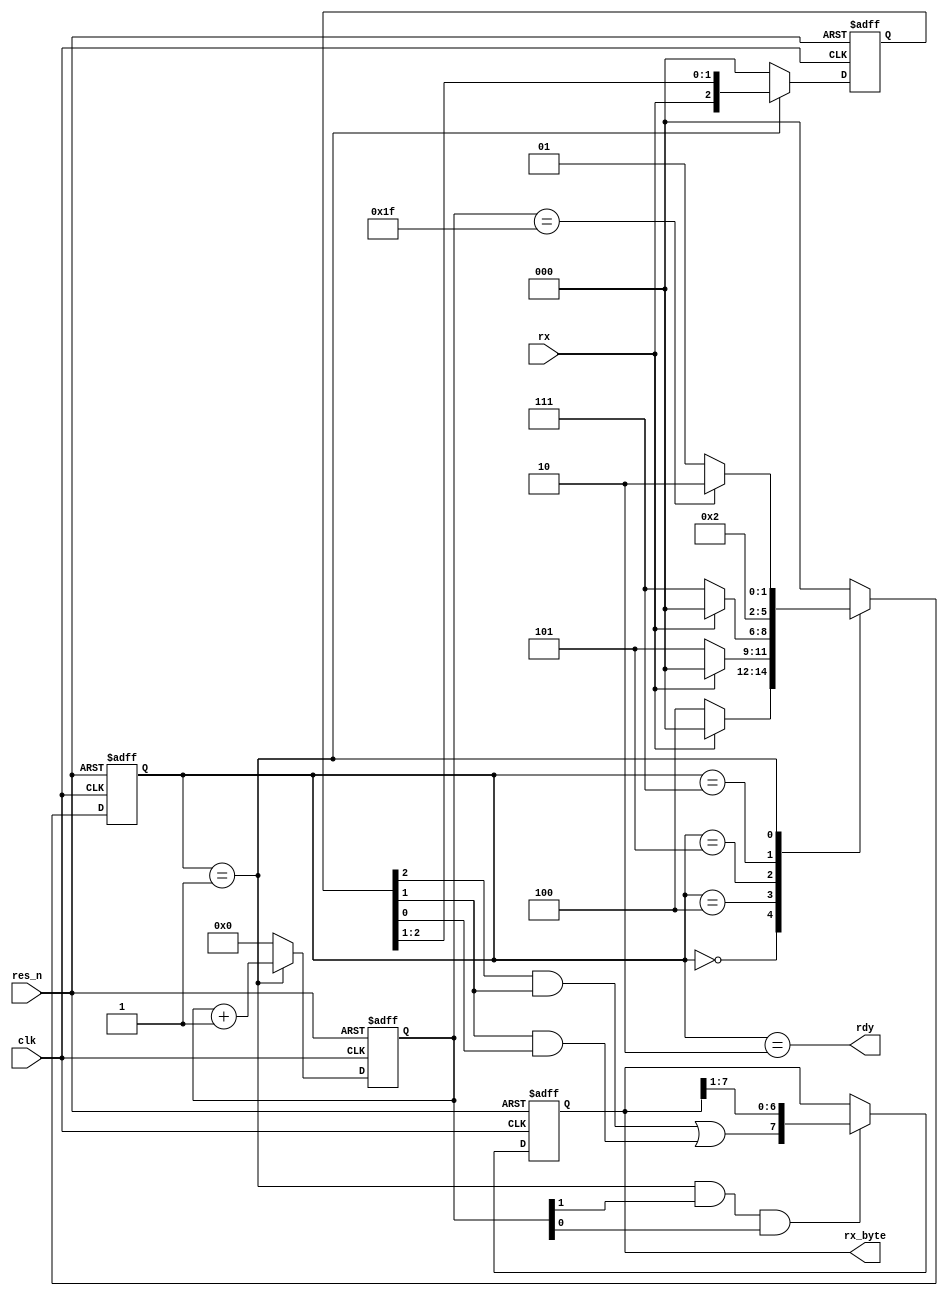
module uart_rx (
  input         res_n,
  input         rx,
  input         clk, /* Baud Rate x 4 (4 posedge's per bit) */
  output  [7:0] rx_byte,
  output        rdy
);

/* Count to 32 (8 bits x 4 samples )*/
reg       [4:0] count;
reg       [2:0] state;
reg       [2:0] state_nxt;

reg       [2:0] rx_shifter;
reg       [7:0] rx_byte_ff;
wire            rx_sample;

localparam WAIT = 3'b000,
           SNS1 = 3'b100,
           SNS2 = 3'b101,
           SNS3 = 3'b110,
           SNSX = 3'b111,
           READ = 3'b001,
           DONE = 3'b010;

/* When sampling RX if we got 2 highs in a row our sample 
   is high! */
assign rx_sample = (rx_shifter[2] && rx_shifter[1]) || 
                   (rx_shifter[1] && rx_shifter[0]);

assign rx_byte = rx_byte_ff;
assign rdy = state == DONE;

/* FSM Next State Derivation */
always @ (*)
begin
  case (state)
    WAIT: if (!rx)  /* As long was we are high stay waiting */
        state_nxt = SNS1;
      else          
        state_nxt = WAIT;
    SNS1: if (!rx)
        state_nxt = SNS2;
      else
        state_nxt = WAIT;
    SNS2: if (!rx)  /* If we get 4 lows in a row we got to read */
        state_nxt = SNSX;
      else
        state_nxt = WAIT;
    SNSX:
      state_nxt = READ;
    READ: if (count == 5'b11111) /* When read count is full, go back to wait */
        state_nxt = DONE;
      else
        state_nxt = READ;
    DONE:    state_nxt = WAIT;
    default: state_nxt = WAIT;
  endcase
end

/* Sense the start bit on posedge and negedge */
always @ (posedge clk or negedge res_n)
begin
   if (!res_n) 
    begin
      state <= WAIT;
      count <= 5'd0;
      rx_shifter <= 3'd0;
    end
   else
    begin
      state <= state_nxt;
      if (state == READ) begin
        rx_shifter <= {rx, rx_shifter[2:1]};
        count <= count + 1'b1;
      end
      else 
      begin
        rx_shifter <= 3'd0;
        count <= 5'd0;
      end
    end
end

/* If we are reading, stample the RX bits 
   every 3 samples shift it into RX byte */
always @ (posedge clk or negedge res_n)
begin
   if (!res_n) 
      rx_byte_ff <= 8'd0;
   else
     if ((state == READ) && count[1] && count[0])  /* When we are at count 3, sample the shift register */
       rx_byte_ff <= {rx_sample, rx_byte_ff[7:1]};
     else 
       rx_byte_ff <= rx_byte_ff;
end

endmodule